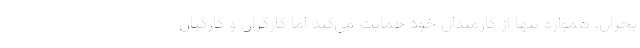
بحران، همواره تنها از کارمندان خود حمایت می‌کند اما کارگران و کارکنان